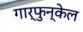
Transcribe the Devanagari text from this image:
गार्फुन्केल